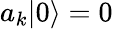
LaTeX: a_{k}|0\rangle=0